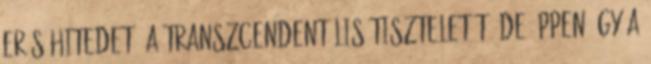
erős hitedet, a transzcendentális tiszteletét, de éppen úgy a